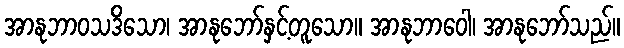
အာနုဘာဝသဒိသော၊ အာနုဘော်နှင့်တူသော။ အာနုဘာဝေါ၊ အာနုဘော်သည်။